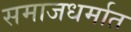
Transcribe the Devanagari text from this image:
समाजधर्मात